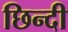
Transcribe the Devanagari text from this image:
छिन्दी